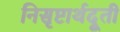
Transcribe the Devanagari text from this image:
निसृष्टार्थदूती